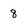
Character: 8